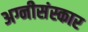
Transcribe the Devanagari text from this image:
अग्नीसंस्कार